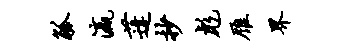
觚瀛蓬抄彪雁界